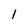
Character: 1